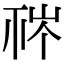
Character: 𥙏